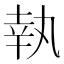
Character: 執